Plague in India, 1896, 1897 - Volume 2
Year: 1896
Disease focus: Plague
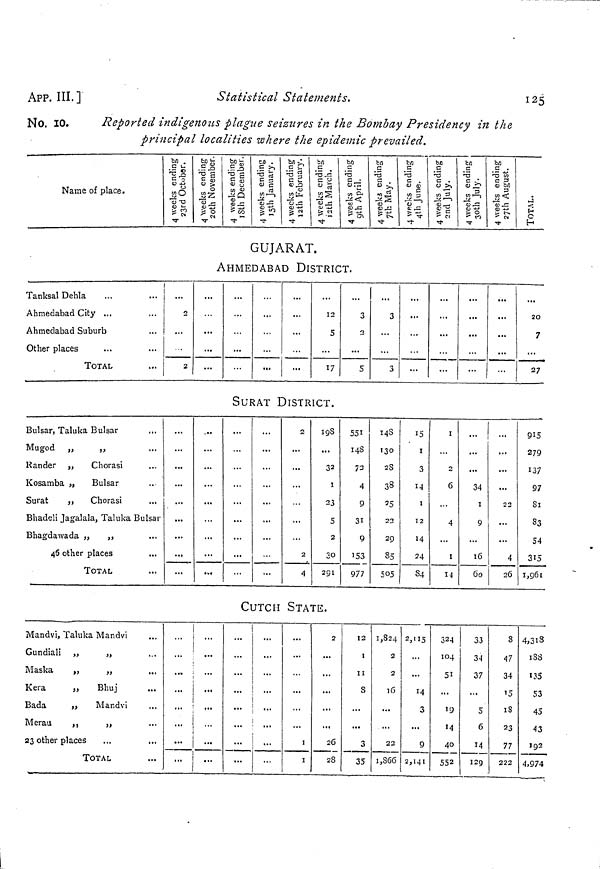
APP. III.]
Statistical Statements.
125
No. 10.
Reported indigenous plague seizures in the Bombay Presidency in the
principal localities where the epidemic prevailed.
Name of place.
Tanksal Dehla
Ahmedabad City ...
Ahmedabad Suburb
Other places
TOTAL
Bulsar, Taluka Bulsar
Mugod „
„
Rander „
Chorasi
Kosamba „
Bulsar
Surat
„
Chorasi
Bhadeli Jagalala, Taluka Bulsar
Bhagdawada „
,,
46 other places
TOTAL
Mandvi, Taluka Mandvi
Gundiali „
„
Maska
„
„
Kera
„
Bhuj
Bada
"
Mandvi
Merau
,,
,,
23 other places
TOTAL
4 weeks ending
23rd October.
4 weeks ending
20th November.
4 weeks ending
18th December. 4 weeks ending
15th January.
4 weeks ending
12th February.
4 weeks ending
12th March.
4 weeks ending
9th April.
4 weeks ending
7th May.
4 weeks ending
4th June.
4 weeks ending
2nd July.
4 weeks ending
30th July.
4 weeks ending
27th August. Total
GUJARAT.
AHMEDABAD DISTRICT.
2
2
12
5
17
3
3
5
3
3
20
7
27
SURAT DISTRICT.
2
2
4
32
I
23
5
2
30
291
551
148
72
4
9
31
9
153
977
148
130
28
38
25
22
29
85
505
15
I
3
14
1
12
14
24
S4
I
...
2
6
4
...
1
14
...
34
1
9
...
16
60
...
...
...
22
...
...
4
26
915
279
137
97
81
83
54
315
1,961
CUTCH STATE.
1
1
2
26
28
12
1
11
8
3
35
1,824
2
2
16
22
1,S66
2,115
...
...
14
3
...
9
2,141
324
104
51
19
'4
40
552
33
34
37
5
6
14
129
8
47
34
15
18
23
77
222
4,318
188
135
53
45
43
192
4,974